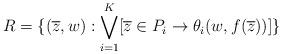
LaTeX: \begin{align*}R = \{(\overline{z}, w): \bigvee_{i=1}^{K} [\overline{z}\in P_{i}\rightarrow \theta_{i}(w, f(\overline{z}))]\}\end{align*}